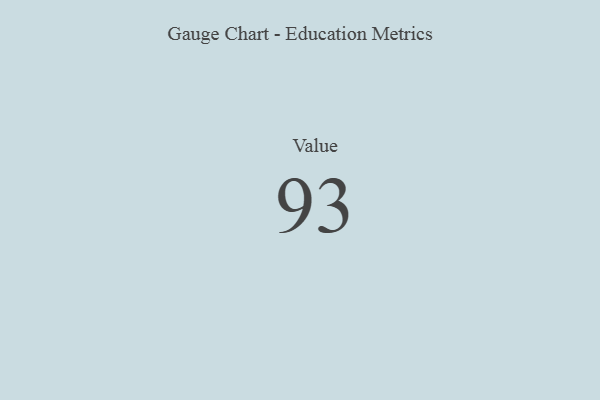
{"axis": {"x": "Metric", "y": "Value"}, "legend": [""], "data": [{"x": "Value", "y": 93, "type": ""}]}